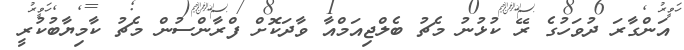
އަންގާރަ ދުވަހުގެ ރޭ ކުޅުނު މެޗު ބެލްޖިއަމްއާ ވާދަކޮށް ފްރާންސުން މެޗު ކާމިޔާބުކުރީ